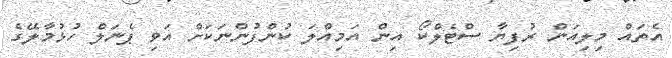
އެތައް މިލިއަން ރުފިޔާ ސްޓެލްކޯ އިން އަމިއްލަ ކުންފުންނަކަށް އަވި ޕެނަލް ހުޅުމާލޭގެ